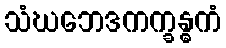
သံဃဘေဒကက္ခန္ဓကံ